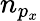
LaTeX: n_{p_{x}}